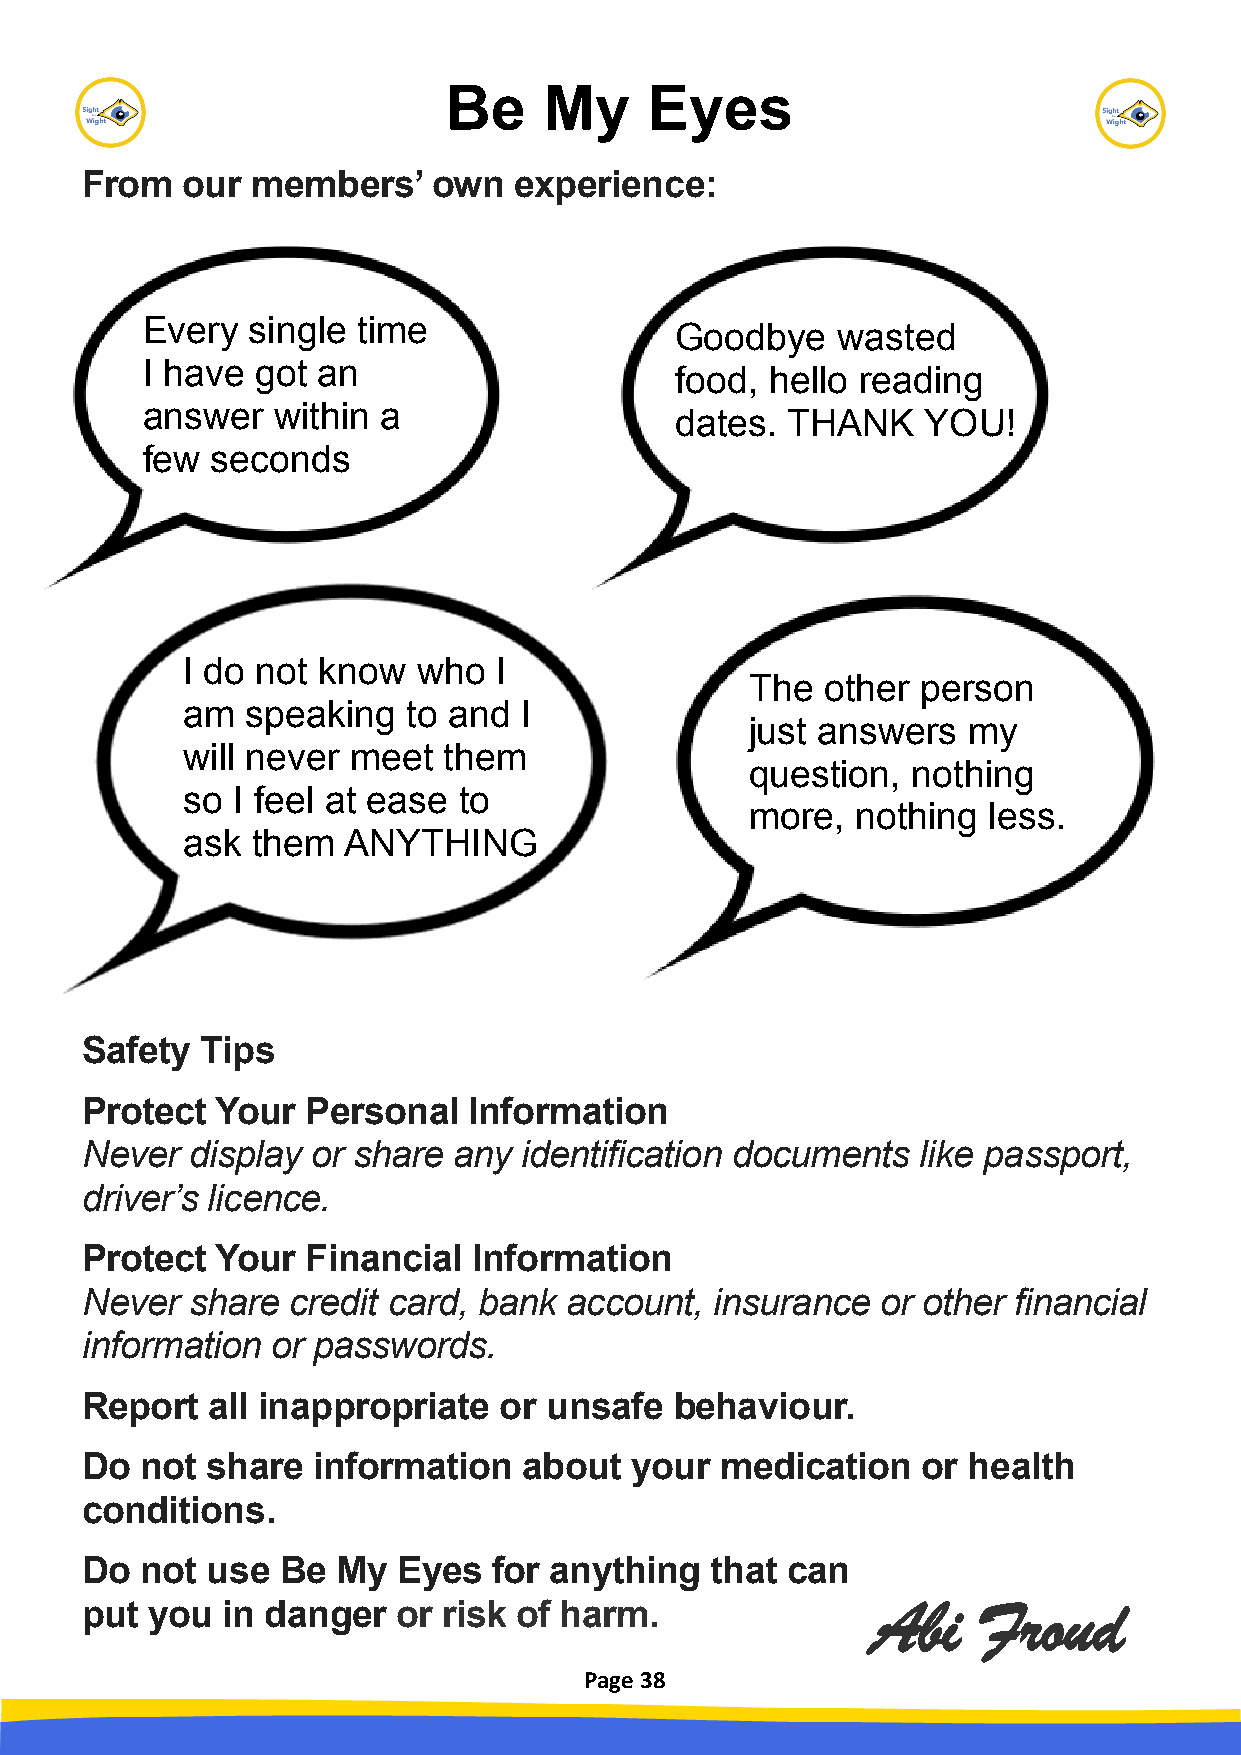
Be    My     Eyes
 From   our  members’    own  experience:
 Every  single  time
 Goodbye   wasted
 I have  got an
 food, hello reading
 answer   within a
 dates. THANK    YOU!
 few  seconds
 I do not know   who  I
 The  other person
 am  speaking   to and I
 just answers  my
 will never meet  them
 question, nothing
 so I feel at ease to
 more,  nothing less.
 ask  them  ANYTHING
 Safety  Tips
 Protect  Your  Personal   Information
 Never   display or share any  identification documents  like passport,
 driver’s licence.
 Protect  Your  Financial  Information
 Never  share  credit card, bank account,  insurance  or other financial
 information  or passwords.
 Report   all inappropriate  or unsafe   behaviour.
 Do  not  share  information   about  your  medication   or health
 conditions.
 Do  not  use  Be My  Eyes   for anything  that can
 put  you  in danger  or risk of harm.                Abi    Froud
 Page 38